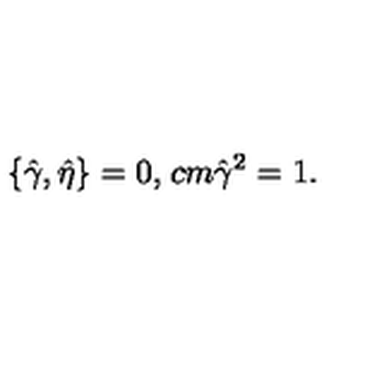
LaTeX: \left\{ \hat { \gamma } , \hat { \eta } \right\} = 0 , \hspace * { 1 c m } \hat { \gamma } ^ { 2 } = 1 .